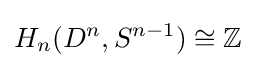
H_{n}(D^{n},S^{n-1})\cong {\mathbb {Z}}